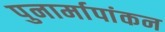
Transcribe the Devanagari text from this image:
पुनार्मापांकन